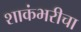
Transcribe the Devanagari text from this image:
शाकंभरीचा